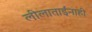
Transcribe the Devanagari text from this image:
लीलाताईंनाही